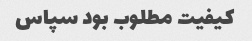
کیفیت مطلوب بود سپاس